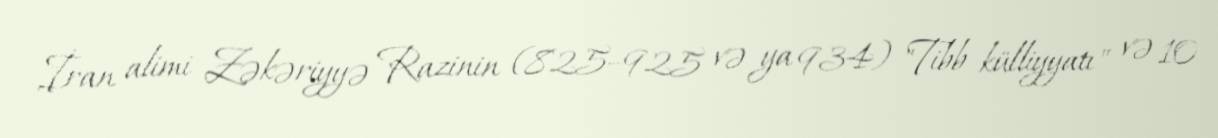
İran alimi Zəkəriyyə Razinin (825–925 və ya 934) "Tibb külliyyatı" və 10